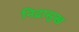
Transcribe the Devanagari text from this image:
निद्रासुख